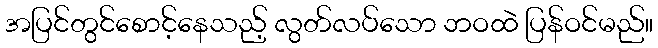
အပြင်တွင်စောင့်နေသည့် လွတ်လပ်သော ဘဝထဲ ပြန်ဝင်မည်။